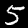
Digit: 5